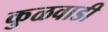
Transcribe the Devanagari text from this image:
कुळवाडी